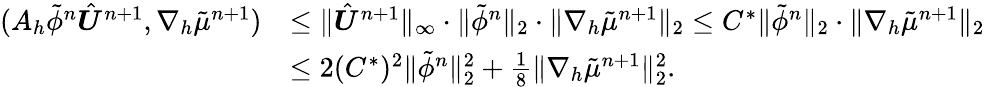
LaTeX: \begin{array}{rl}{(A_{h}\tilde{\phi}^{n}\hat{\boldsymbol{U}}^{n+1},\nabla_{h}\tilde{\mu}^{n+1})}&{\leq\| \hat{\boldsymbol{U}}^{n+1}\| _{\infty}\cdot\| \tilde{\phi}^{n}\| _{2}\cdot\| \nabla_{h}\tilde{\mu}^{n+1}\| _{2}\leq C^{*}\| \tilde{\phi}^{n}\| _{2}\cdot\| \nabla_{h}\tilde{\mu}^{n+1}\| _{2}}\\ &{\leq 2(C^{*})^{2}\| \tilde{\phi}^{n}\| _{2}^{2}+\frac{1}{8}\| \nabla_{h}\tilde{\mu}^{n+1}\| _{2}^{2}.}\end{array}